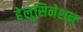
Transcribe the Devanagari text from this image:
हेलुसिनेशन